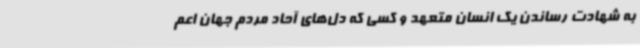
به شهادت رساندن یک انسان متعهد و کسی که دل‌های آحاد مردم جهان اعم